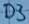
Text: D3